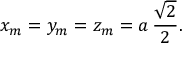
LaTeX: x _ { m } = y _ { m } = z _ { m } = a \, { \frac { \sqrt { 2 } } { 2 } } .